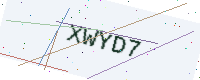
Text: XWYD7